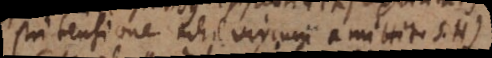
tri tensione nihil virium amittit S.H)